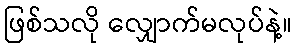
ဖြစ်သလို လျှောက်မလုပ်နဲ့။